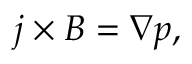
\boldsymbol { j } \times \boldsymbol { B } = \boldsymbol { \nabla } p ,